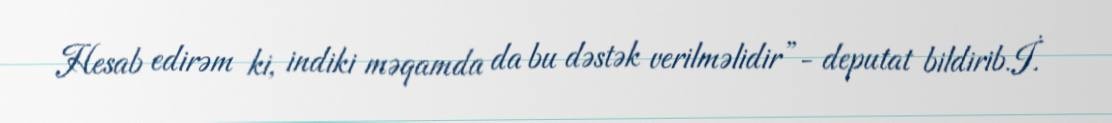
Hesab edirəm ki, indiki məqamda da bu dəstək verilməlidir”- deputat bildirib.İ.